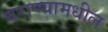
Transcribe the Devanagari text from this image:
घराण्यामधील